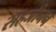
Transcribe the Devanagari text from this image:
सहजीनन